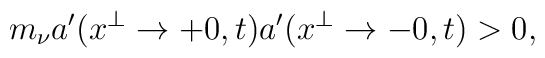
m_\nu a'(x^\perp\to +0,t)a'(x^\perp\to -0,t)>0,